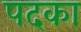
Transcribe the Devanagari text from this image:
पदका